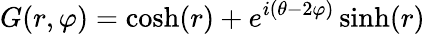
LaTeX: G(r,\varphi)=\cosh(r)+e^{i(\theta-2\varphi)}\sinh(r)